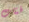
فتات